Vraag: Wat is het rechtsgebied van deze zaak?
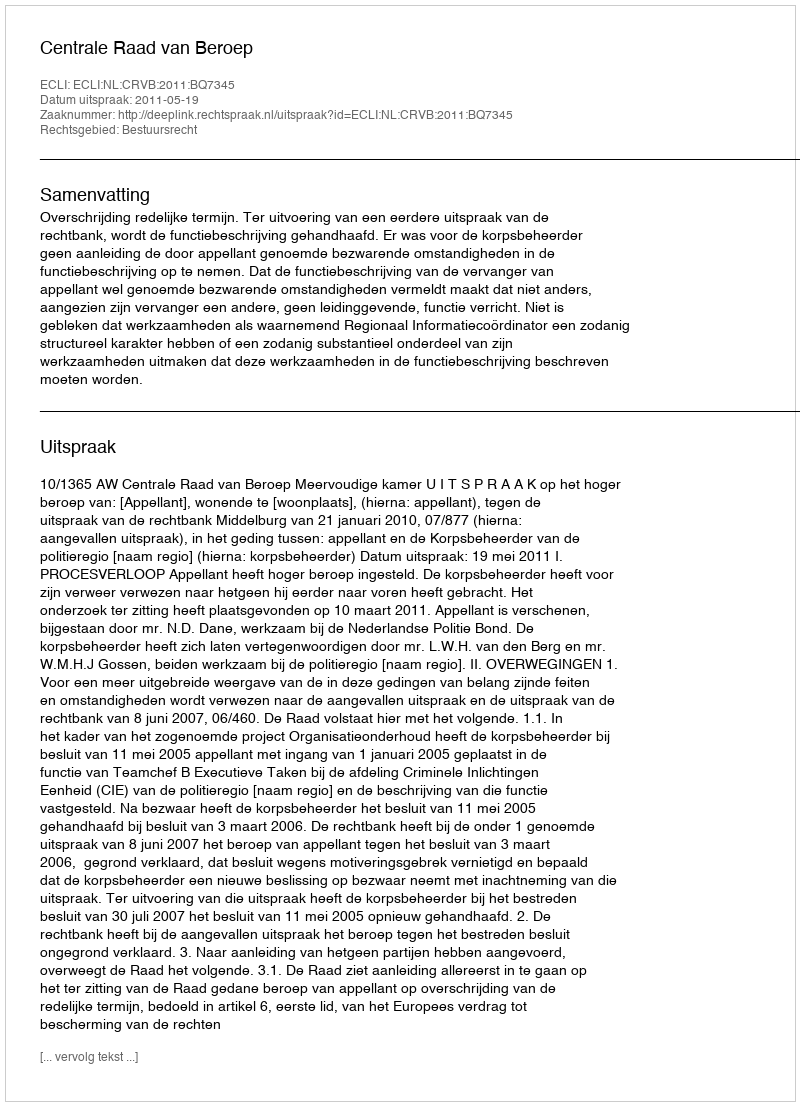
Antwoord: Bestuursrecht